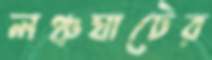
লঞ্চঘাটের